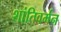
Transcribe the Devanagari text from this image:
शांतिवर्मन